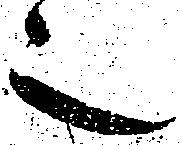
之